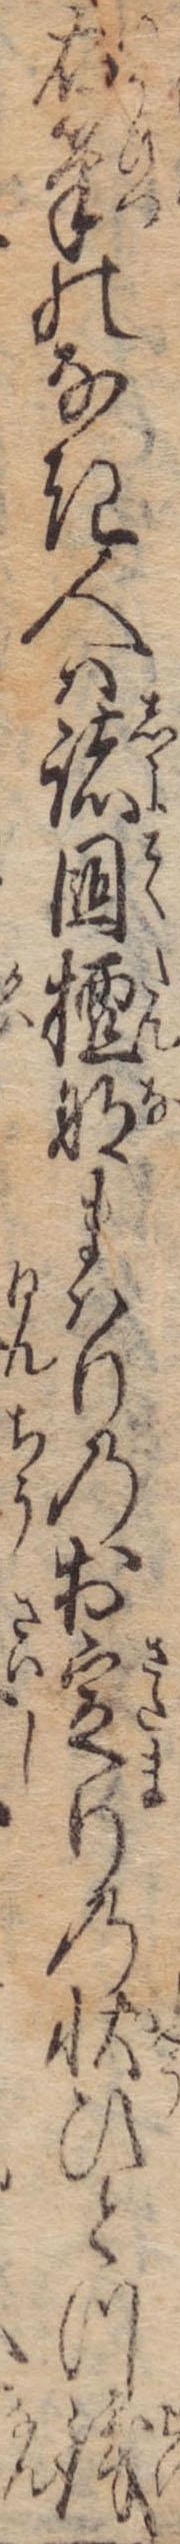
右筆のなき人は諸国檀那まはりのお定りの状ひとつ銭